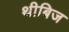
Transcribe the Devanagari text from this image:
थीबिज